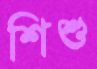
শিশু